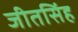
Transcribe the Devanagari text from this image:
जीतसिंह